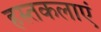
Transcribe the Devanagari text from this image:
हस्तकलाएं